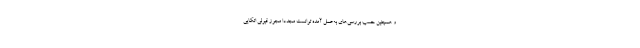
و همچنین حسب بررسی‌های به‌عمل آمده توانست مجدداً مجوز قبولی اتکایی